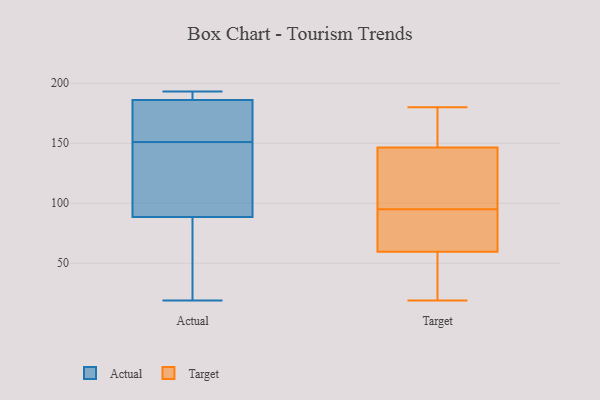
{"axis": {"x": "Shipments", "y": "Value"}, "legend": ["Actual", "Target"], "data": [{"x": "", "y": 192, "type": "Actual"}, {"x": "", "y": 184, "type": "Actual"}, {"x": "", "y": 86, "type": "Actual"}, {"x": "", "y": 109, "type": "Actual"}, {"x": "", "y": 183, "type": "Actual"}, {"x": "", "y": 188, "type": "Actual"}, {"x": "", "y": 146, "type": "Actual"}, {"x": "", "y": 19, "type": "Actual"}, {"x": "", "y": 193, "type": "Actual"}, {"x": "", "y": 191, "type": "Actual"}, {"x": "", "y": 91, "type": "Actual"}, {"x": "", "y": 183, "type": "Actual"}, {"x": "", "y": 84, "type": "Actual"}, {"x": "", "y": 102, "type": "Actual"}, {"x": "", "y": 27, "type": "Actual"}, {"x": "", "y": 156, "type": "Actual"}, {"x": "", "y": 99, "type": "Target"}, {"x": "", "y": 152, "type": "Target"}, {"x": "", "y": 25, "type": "Target"}, {"x": "", "y": 76, "type": "Target"}, {"x": "", "y": 19, "type": "Target"}, {"x": "", "y": 141, "type": "Target"}, {"x": "", "y": 74, "type": "Target"}, {"x": "", "y": 127, "type": "Target"}, {"x": "", "y": 91, "type": "Target"}, {"x": "", "y": 160, "type": "Target"}, {"x": "", "y": 45, "type": "Target"}, {"x": "", "y": 180, "type": "Target"}]}